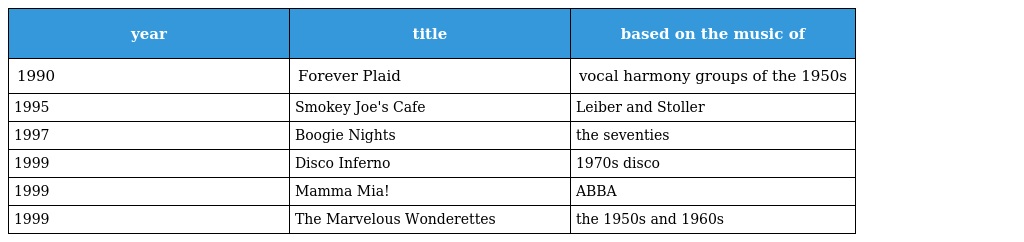
| year | title | based on the music of |
 | --- | --- | --- |
 | 1990 | Forever Plaid | vocal harmony groups of the 1950s |
 | 1995 | Smokey Joe's Cafe | Leiber and Stoller |
 | 1997 | Boogie Nights | the seventies |
 | 1999 | Disco Inferno | 1970s disco |
 | 1999 | Mamma Mia! | ABBA |
 | 1999 | The Marvelous Wonderettes | the 1950s and 1960s |